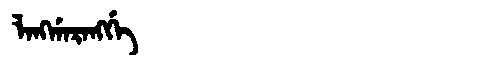
Manchu: ᠯᠠᠩᡤᠠᡵᠠᠩᡤᡝ
Romanization: LANGGARANGGE